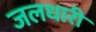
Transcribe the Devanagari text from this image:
जलधारी